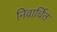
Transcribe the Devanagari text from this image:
निवार्चित